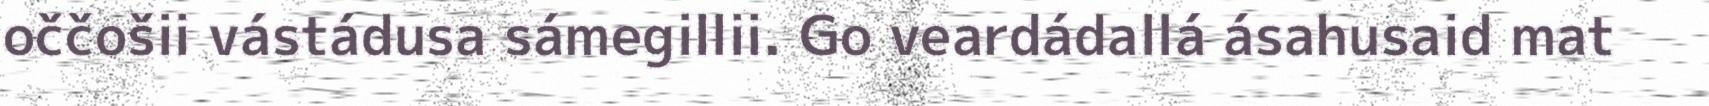
oččošii vástádusa sámegillii. Go veardádallá ásahusaid mat